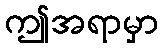
ဤအရာမှာ